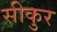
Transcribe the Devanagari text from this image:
सीकुर